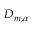
D _ { m , \alpha }